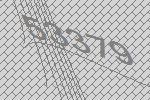
53379